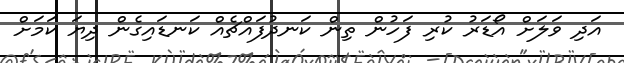
އަދި ވަލަށް އޯޑަރު ކުރި ފަހުން ތިން ކަނދުފައްޗެއް ކަނޑައިގެން ދިޔަ ކަމަށް